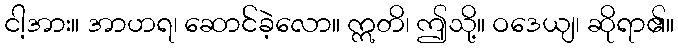
ငါ့အား။ အာဟရ၊ ဆောင်ခဲ့လော။ ဣတိ၊ ဤသို့။ ဝဒေယျ၊ ဆိုရာ၏။